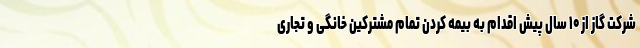
شرکت گاز از ۱۰ سال پیش اقدام به بیمه کردن تمام مشترکین خانگی و تجاری